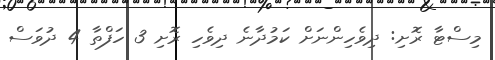
މިސްޓާ ރޮށި: ދިވެހިންނަށް ކަމުދާނެ ދިވެހި ރޮށި 3 ހަފްތާ 4 ދުވަސް